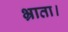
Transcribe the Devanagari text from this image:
भ्राता।